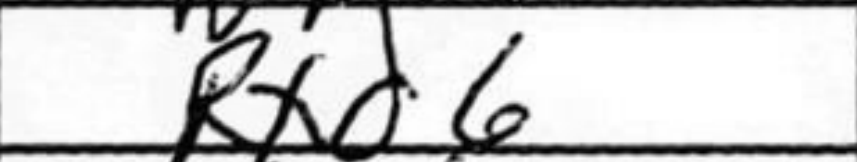
Transcription: Rxd6